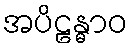
အပိဠန္ဓာဝ